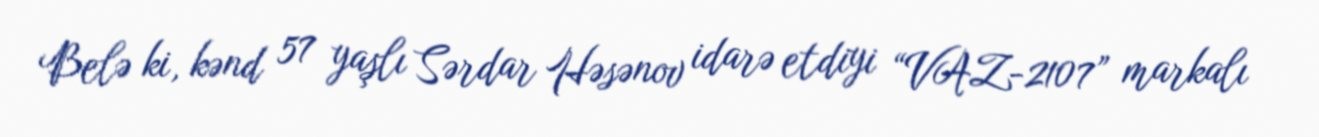
Belə ki, kənd 57 yaşlı Sərdar Həsənov idarə etdiyi “VAZ-2107” markalı